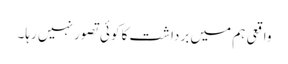
واقعی ہم میں برداشت کا کوئی تصور نہیں رہا۔